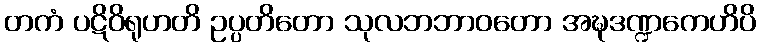
တကံ ပဋိဝိရုဟတိ ဥပ္ပတိတော သုလဘဘာဝတော အဍ္ဎဒဏ္ဍကေဟိပိ